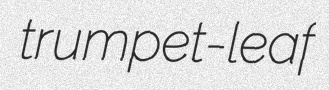
trumpet-leaf